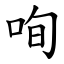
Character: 咰